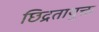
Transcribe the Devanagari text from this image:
छिद्रतायुक्त